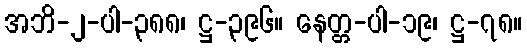
အဘိ-၂-ပါ-၃၈၈၊ ဋ္ဌ-၃၉၆။ နေတ္တ-ပါ-၁၉၊ ဋ္ဌ-၇၈။